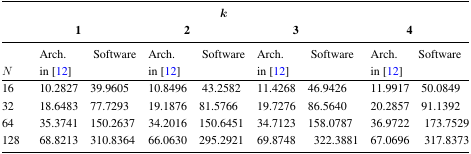
<table><thead><tr><td></td><td colspan="8"><b><i>k</i></b></td></tr><tr><td></td><td colspan="2"><b>1</b></td><td colspan="2"><b>2</b></td><td colspan="2"><b>3</b></td><td colspan="2"><b>4</b></td></tr><tr><td><b><i>N</i></b></td><td><b>Arch. in [12]</b></td><td><b>Software</b></td><td><b>Arch. in [12]</b></td><td><b>Software</b></td><td><b>Arch. in [12]</b></td><td><b>Software</b></td><td><b>Arch. in [12]</b></td><td><b>Software</b></td></tr></thead><tbody><tr><td>16</td><td>10.2827</td><td>39.9605</td><td>10.8496</td><td>43.2582</td><td>11.4268</td><td>46.9426</td><td>11.9917</td><td>50.0849</td></tr><tr><td>32</td><td>18.6483</td><td>77.7293</td><td>19.1876</td><td>81.5766</td><td>19.7276</td><td>86.5640</td><td>20.2857</td><td>91.1392</td></tr><tr><td>64</td><td>35.3741</td><td>150.2637</td><td>34.2016</td><td>150.6451</td><td>34.7123</td><td>158.0787</td><td>36.9722</td><td>173.7529</td></tr><tr><td>128</td><td>68.8213</td><td>310.8364</td><td>66.0630</td><td>295.2921</td><td>69.8748</td><td>322.3881</td><td>67.0696</td><td>317.8373</td></tr></tbody></table>